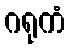
ဂရုကံ